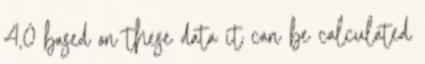
4,0 based on these data it can be calculated